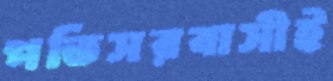
পতিসরবাসীই